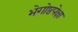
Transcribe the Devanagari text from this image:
भेगोष्ठपेक्षा